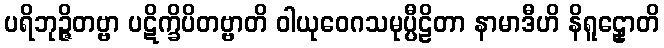
ပရိဘုဉ္ဇိတဗ္ဗာ ပဋိက္ခိပိတဗ္ဗာတိ ဝါယုဝေဂသမုပ္ပီဠိတာ နာမာဒီဟိ နိရူဠှောတိ